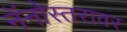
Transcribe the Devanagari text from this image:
नॅनोस्तरावर